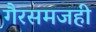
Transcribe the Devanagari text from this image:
गैरसमजही